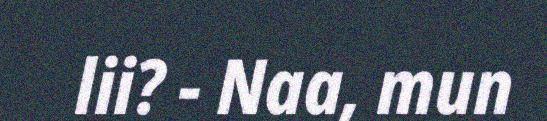
lii? - Naa, mun